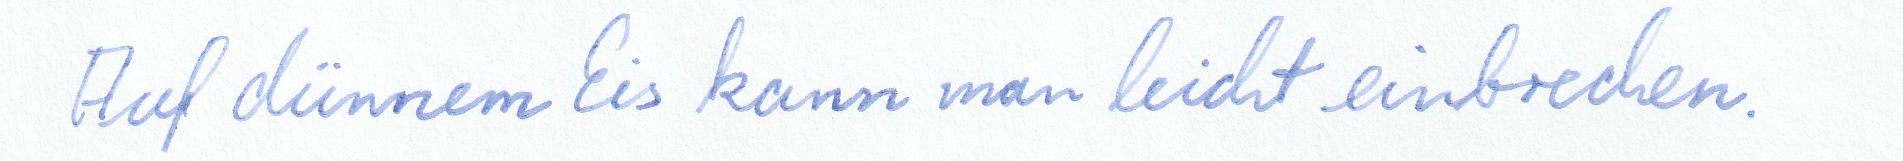
Auf dünnem Eis kann man leicht einbrechen.